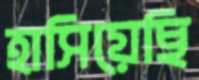
হাসিয়েছি